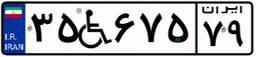
۳۵W۶۷۵۷۹